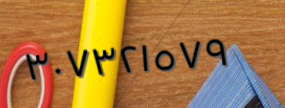
٣٠٧٣٢١٥٧٩